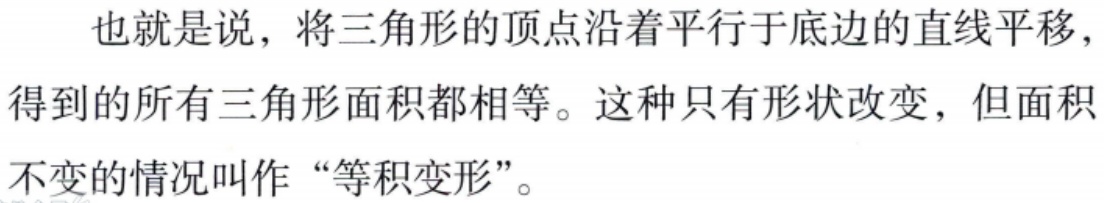
也就是说，将三角形的顶点沿着平行于底边的直线平移，得到的所有三角形面积都相等。这种只有形状改变，但面积不变的情况叫作“等积变形”。